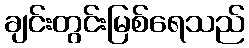
ချင်းတွင်းမြစ်ရေသည်